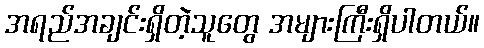
အရည်အချင်းရှိတဲ့သူတွေ အများကြီးရှိပါတယ်။